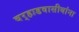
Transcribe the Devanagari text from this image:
वर्‍हाडवासीयांना